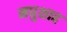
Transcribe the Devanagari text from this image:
मधुशाह